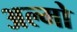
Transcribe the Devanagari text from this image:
अल्मो